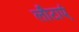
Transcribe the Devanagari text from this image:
लौटाएं